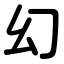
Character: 幻